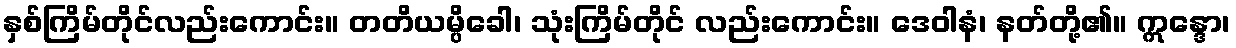
နှစ်ကြိမ်တိုင်လည်းကောင်း။ တတိယမ္ပိခေါ၊ သုံးကြိမ်တိုင် လည်းကောင်း။ ဒေဝါနံ၊ နတ်တို့၏။ ဣန္ဒော၊